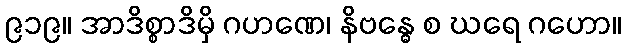
၉၁၉။ အာဒိစ္စာဒိမှိ ဂဟဏေ၊ နိဗန္ဓေ စ ဃရေ ဂဟော။